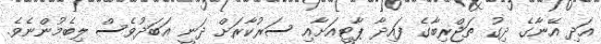
އަދި އޭނާގެ ދިގު ތަޖްރިބާގެ ފައިދާ ޕާޓީއަށާއި ސަރުކާރަށް ދަނީ އަބަދުވެސް ލިބެމުންނެވެ.